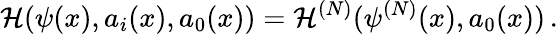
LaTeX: {\cal H}(\psi(x),a_{i}(x),a_{0}(x))={\cal H}^{(N)}(\psi^{(N)}(x),a_{0}(x))\, .